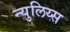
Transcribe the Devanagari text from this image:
न्युलिय्स